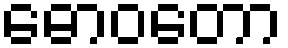
ဓောဝတော